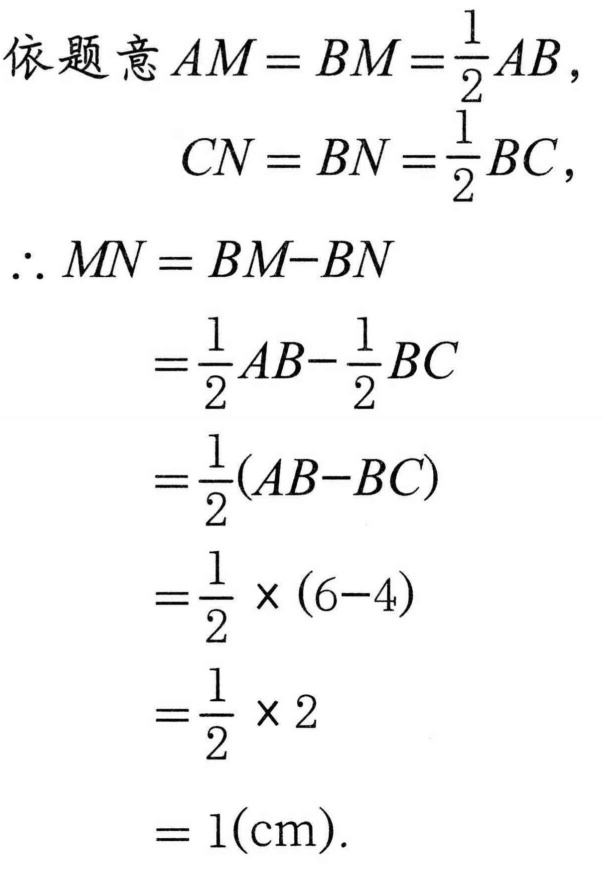
依题意\(AM = BM=\dfrac{1}{2}AB\)，
\(\qquad\qquad CN = BN=\dfrac{1}{2}BC\)，
\(\therefore MN = BM - BN\)
\(\qquad\qquad=\dfrac{1}{2}AB-\dfrac{1}{2}BC\)
\(\qquad\qquad=\dfrac{1}{2}(AB - BC)\)
\(\qquad\qquad=\dfrac{1}{2}\times(6 - 4)\)
\(\qquad\qquad=\dfrac{1}{2}\times2\)
\(\qquad\qquad= 1(\text{cm})\).